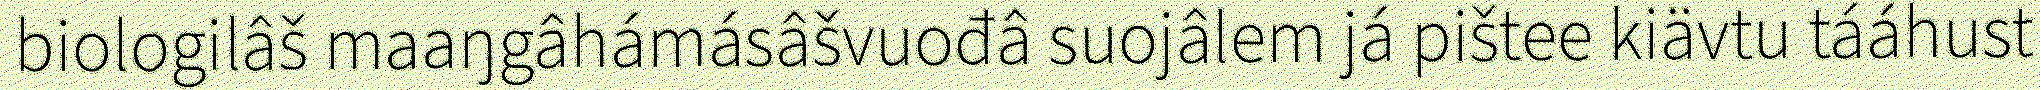
biologilâš maaŋgâhámásâšvuođâ suojâlem já pištee kiävtu tááhust